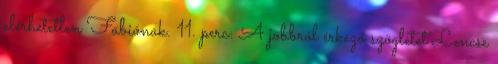
elérhetetlen Fabiónak. 11. perc: A jobbról érkező szögletet Lencse